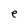
Character: e